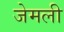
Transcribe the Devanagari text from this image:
जेमली